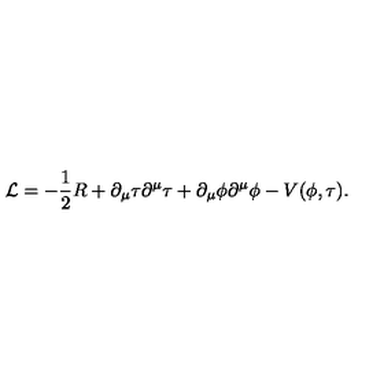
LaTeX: { \cal { L } } = - \frac { 1 } { 2 } R + \partial _ { \mu } \tau \partial ^ { \mu } \tau + \partial _ { \mu } \phi \partial ^ { \mu } \phi - V ( \phi , \tau ) .